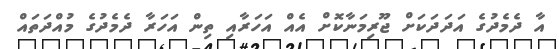
އާ ދެމެދުގެ އަދަދަކަށް ޖޫރިމަނާކޮށް އެއް އަހަރާއި ތިން އަހަރާ ދެމެދުގެ މުއްދަތައް